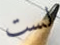
لست